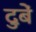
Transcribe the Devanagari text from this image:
दुबें